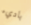
باديء